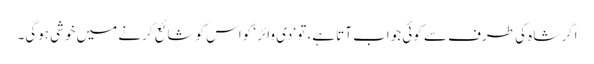
اگر شاہ کی طرف سے کوئی جواب آتا ہے، تو ‘دی وائر ‘ کواس کو شائع کرنے میں خوشی ہوگی۔